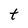
Character: t